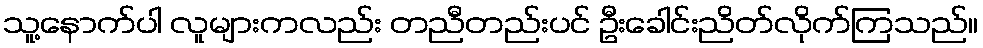
သူ့နောက်ပါ လူများကလည်း တညီတည်းပင် ဦးခေါင်းညိတ်လိုက်ကြသည်။